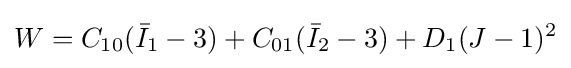
W=C_{10}({\bar {I}}_{1}-3)+C_{01}({\bar {I}}_{2}-3)+D_{1}(J-1)^{2}